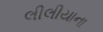
લીલીયાના